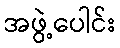
အဖွဲ့ပေါင်း